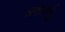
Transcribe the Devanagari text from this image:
अकाउंटैंट